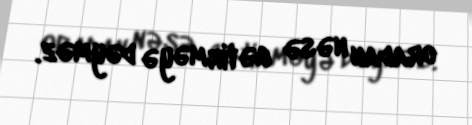
oradan nəsə gətirməyə dəyməz.